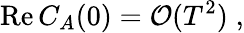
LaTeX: \mathrm{Re}\, C_{A}(0)={\cal O}(T^{2})\; ,